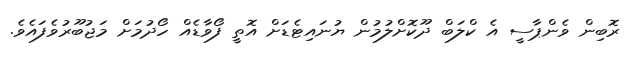
ރޮބިން ވެންޕާސީ އެ ކްލަބް ދޫކޮށްލުމުން ޔުނައިޓެޑަށް އޮތީ ފޯވާޑެއް ހޯދުމަށް މަޖުބޫރުވެފައެވެ.